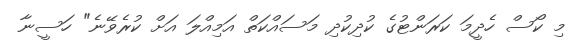
މި ކޯސް ހެދީމަ ކަރަންޓުގެ ކުދިކުދި މަސައްކަތް އަމިއްލަ އަށް ކުރެވޭނެ" ހަސީނާ